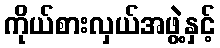
ကိုယ်စားလှယ်အဖွဲ့နှင့်